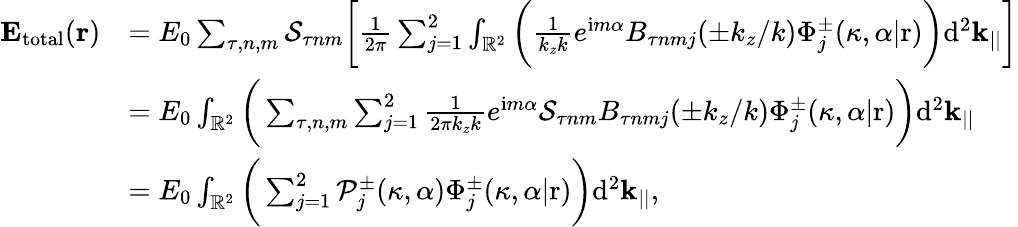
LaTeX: \begin{array}{rl}{\mathbf{E_{\mathrm{total}}}(\mathbf{r})}&{=E_{0}\sum_{\tau,n,m}\mathcal{S}_{\tau nm}\bigg[\frac{1}{2\pi}\sum_{j=1}^{2}\int_{\mathbb{R}^{2}}\bigg(\frac{1}{k_{z}k}e^{\mathrm{i}m\alpha}B_{\tau nmj}(\pm k_{z}/k)\Phi_{j}^{\pm}(\kappa,\alpha|\mathrm{r})\bigg)\mathrm{d}^{2}\mathbf{k}_{||}\bigg]}\\ &{=E_{0}\int_{\mathbb{R}^{2}}\bigg(\sum_{\tau,n,m}\sum_{j=1}^{2}\frac{1}{2\pi k_{z}k}e^{\mathrm{i}m\alpha}\mathcal{S}_{\tau nm}B_{\tau nmj}(\pm k_{z}/k)\Phi_{j}^{\pm}(\kappa,\alpha|\mathrm{r})\bigg)\mathrm{d}^{2}\mathbf{k}_{||}}\\ &{=E_{0}\int_{\mathbb{R}^{2}}\bigg(\sum_{j=1}^{2}\mathcal{P}_{j}^{\pm}(\kappa,\alpha)\Phi_{j}^{\pm}(\kappa,\alpha|\mathrm{r})\bigg)\mathrm{d}^{2}\mathbf{k}_{||},}\end{array}